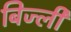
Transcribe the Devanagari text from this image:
बिज्ली